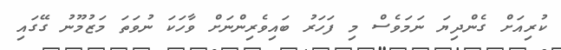
ކުރިއަށް ގެންދިޔަ ނަަމަވެސް މި ފަހަރު ބައިވެރިންނަށް ވާހަކަ ނުވަތަ މަޒުމޫނު ގޭގައި